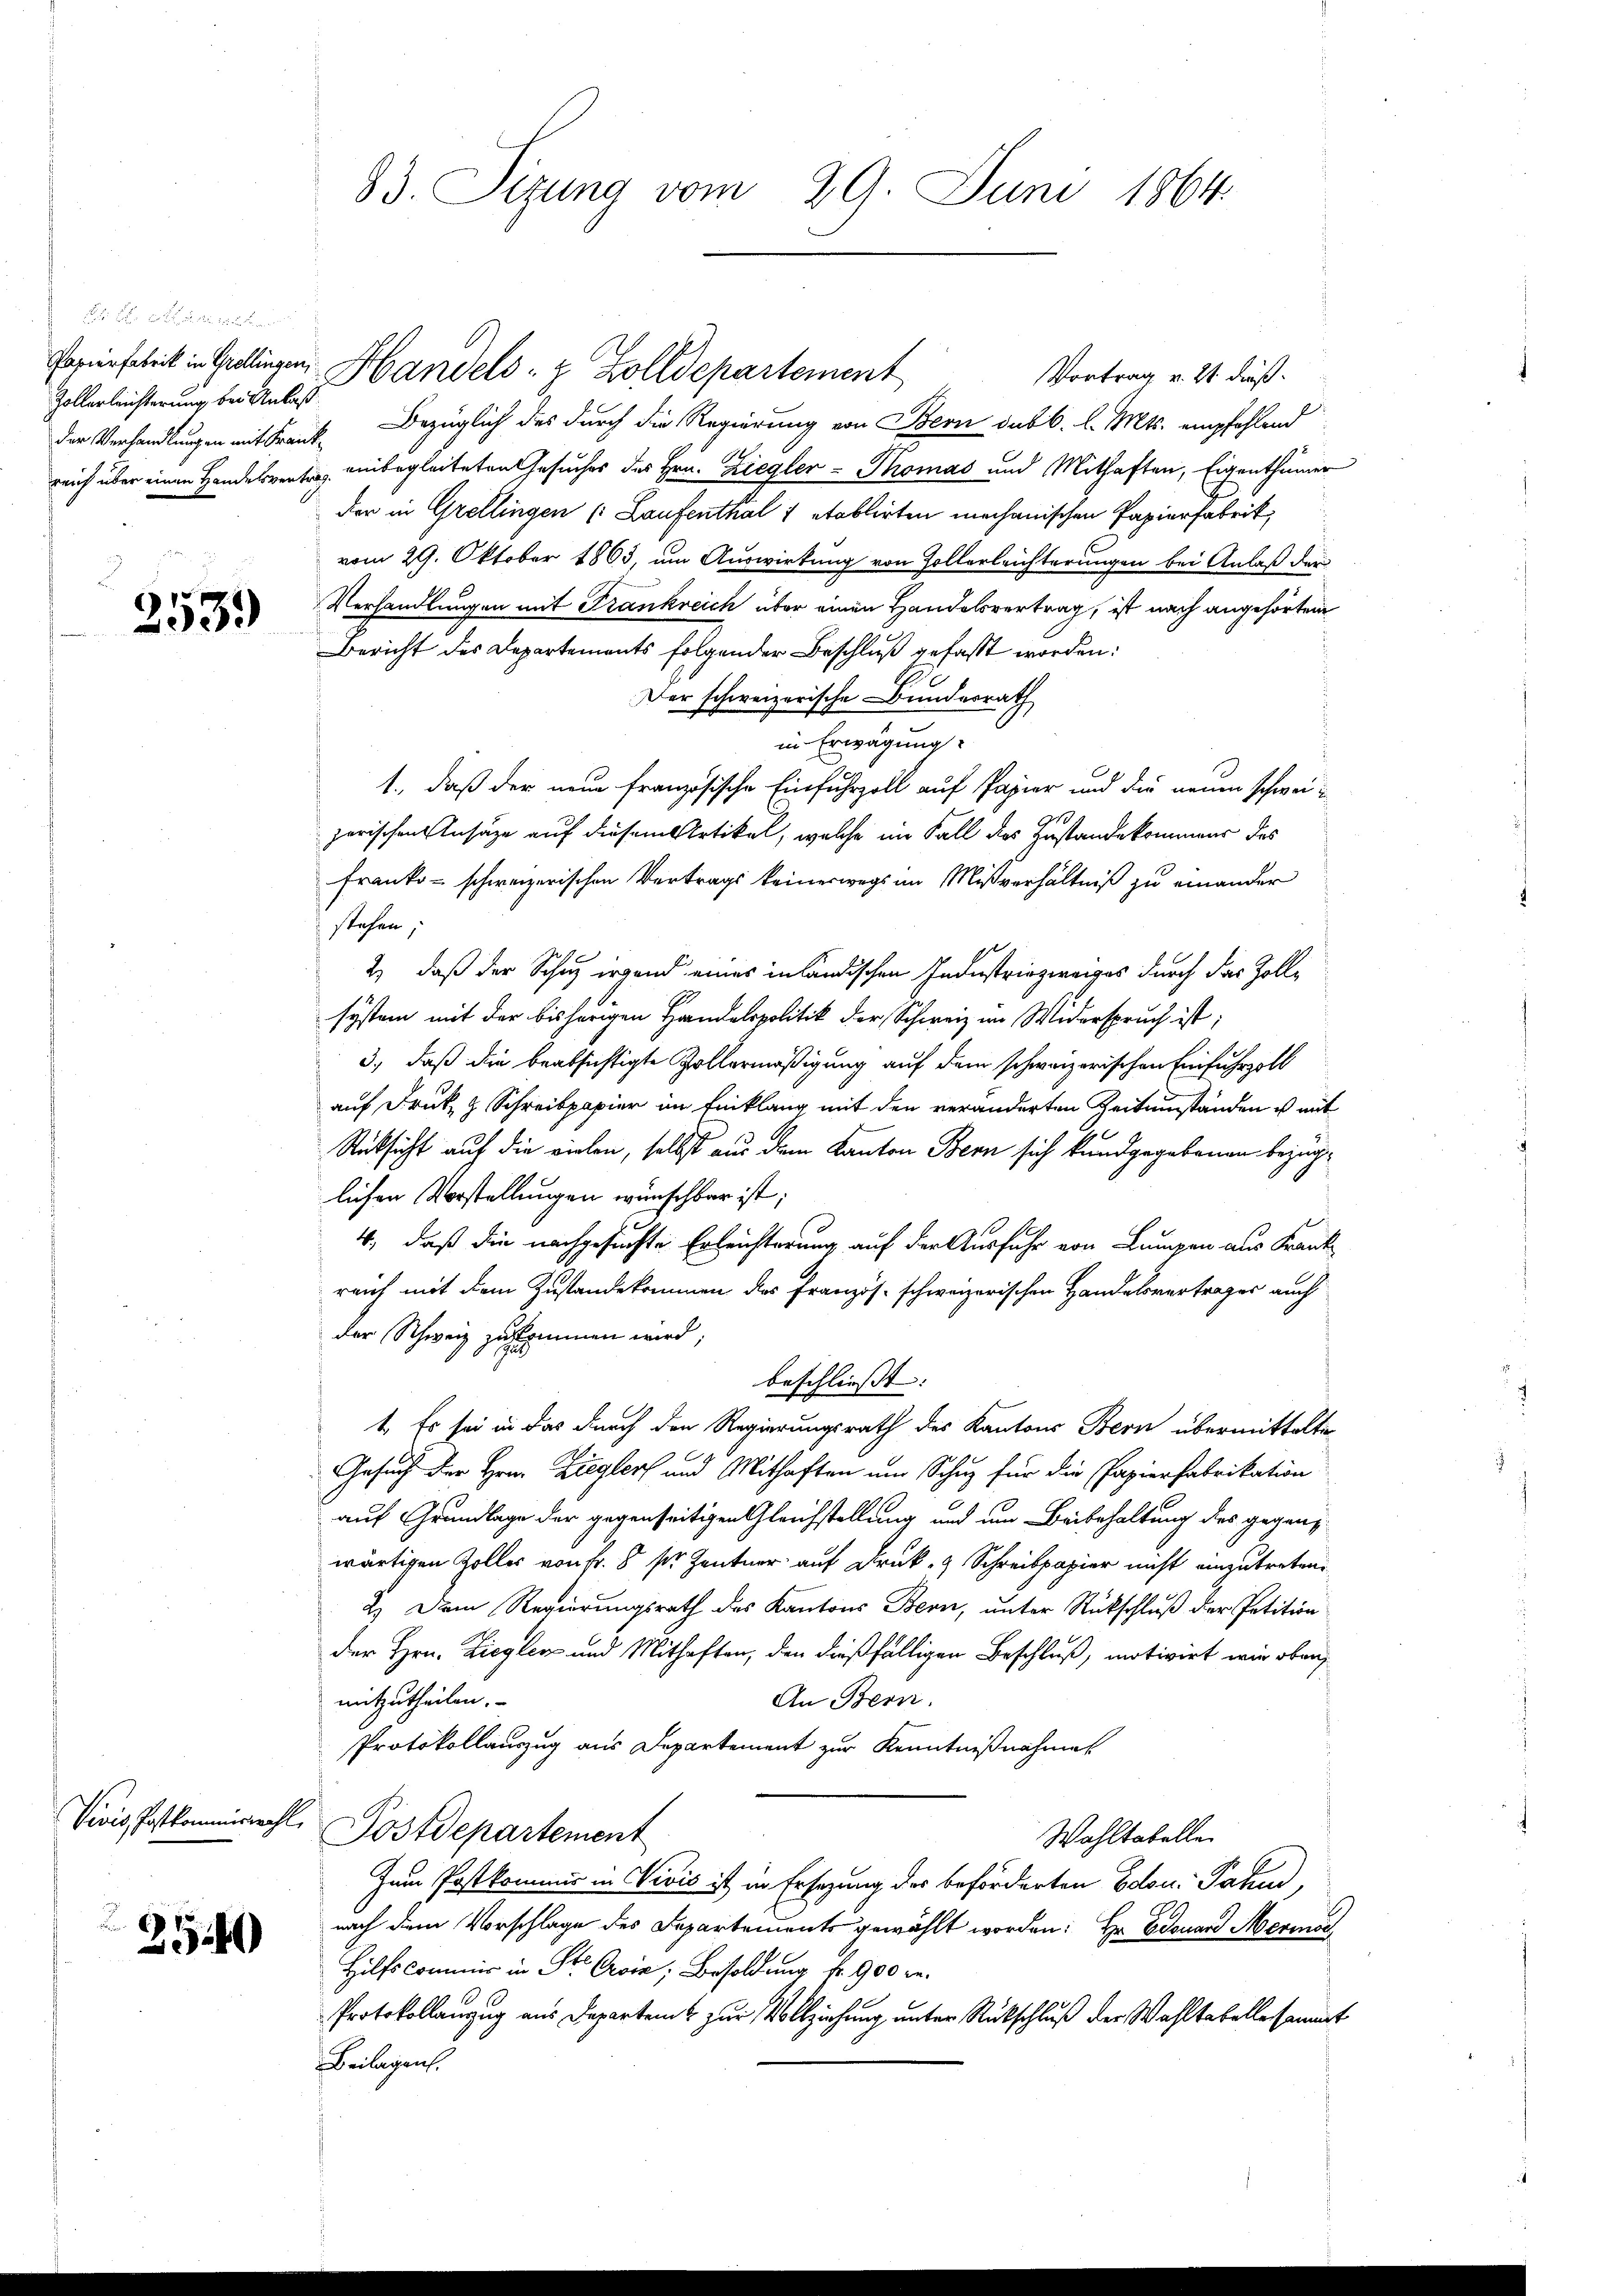
Zollerleichterung bei Anlaß
der Verhandlungen mit Frank

2539)

Vivis, Postkommiswahl,

2540

83. Sizung vom 29. Juni 1864.

Vortrag v. 21. dieß.
Bezüglich des durch die Regierung von Bern sub b. l. Mts. empfehlend
reich über einen Handelsvertrag einbegleiteten Gesuches des Hrn. Ziegler - Thomas und Mithaften, Eigenthümer
der in Grellingen (Laufenthal 1 etablirten mechanischen Papierfabrik
vom 29. Oktober 1863, um Auswirkung von Zollerleichterungen bei Anlaß der
Verhandlungen mit Frankreich über einen Handelsvertrag, ist nach angehörten
Bericht des Departements folgender Beschluß gefaßt worden:
Der schweizerische Bundesrath
in Erwägung:
1., daß der neue Französische Einfuhrzoll auf Papier und die neuen schweizerischen Ansätze auf diesem Artikel, welche im Fall des Zustande kommens des
Franko schweizerischen Vertrags keineswegs im Mißverhältniß zu einander
stehen,
2) daß der Schus irgend eines inländischen Industriezweiges durch das Zollsystem mit der bisherigen Handelspolitik der Schweiz im Widerspruch ist;
3., daß die beabsichtigte Zollermäßigung auf dem schweizerischen Einfuhrzoll
auf Druk z. Schreibpapier im Einklang mit den veränderten Zeitumständen es mit
Rücksicht auf die vielen, selbst aus dem Kanton Bern sich kundgegebenen bezüglichen Vorstellungen wünschbar ist;
4, daß die nachgesuchte Erleichterung auf der Ausfuhr von Lumpen aus Frank
reich mit dem Zustandekommen des Französ. schweizerischen Handelsvertrages auch
der Schweiz zukommen wird;
beschliesst: |
1. Es sei in das durch den Regierungsrath des Kantons Bern übermittelte
Gesuch der Hrn. Zieglers und Mithaften um Schutz für die Papierfabrikation
auf Grundlage der gegenseitigen Gleichstellung und um Beibehaltung des gegenwärtigen Zoller von Fr. 8 sr. Zentner auf Druk- & Schreibpapier nicht einzutreten
2.) Dem Regierungsrath des Kantons Bern, unter Rückschluß der Petition
der Hrn. Ziegler und Mithaften, den dießfälligen Beschluß, motivirt wir oben,
mitzutheilen.
An Bern.
Protokollauszug aus Departement zur Kenntnißnahmen
Postdepartement
Wahltabelle.
Zum Postkommis in Vivić ist in Ersezung des beförderten Beton. Jahn,
nach dem Vorschlage des Departements gewählt worden: Hr. Edouard Merma
Hilfscommis in St. Orvin, Besoldung fr. 900 re
Protokollanzug aus Departem zur Vollziehung unter Rückschluß der Wahltabelle sammt
Beilagen.

Papierschritt in Grdlingen Handels- & Zolldepartement